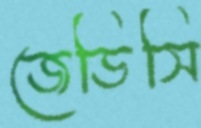
জেডিসি